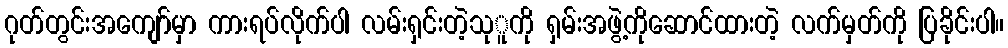
ဂုတ်တွင်းအကျော်မှာ ကားရပ်လိုက်ပါ လမ်းရှင်းတဲ့သုူကို ရှမ်းအဖွဲ့ကိုဆောင်ထားတဲ့ လက်မှတ်ကို ပြခိုင်းပါ။